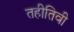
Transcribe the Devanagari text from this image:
तहीतिवी